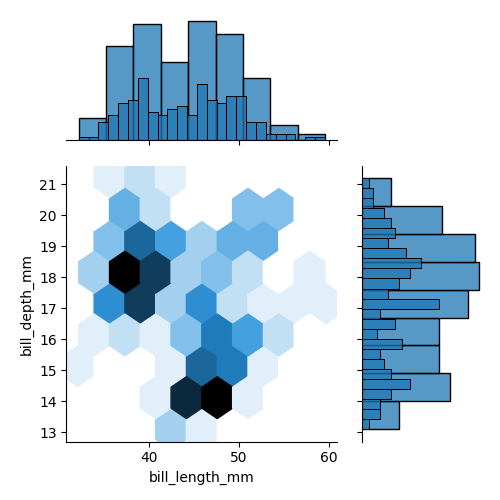
python, seaborn, jointplot, kind='hex', height='5', ratio='2', marginal_ticks='False'